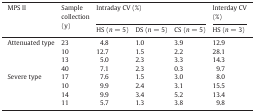
| MPS II | Sample collection (y) | <COLSPAN=3> Intraday CV (%) | Interday CV (%) |
 | HS (n = 5) | DS (n = 5) | CS (n = 5) | HS (n = 3) |
 | --- | --- | --- | --- | --- | --- |
 | Attenuated type | 23 | 4.8 | 1.0 | 3.9 | 12.9 |
 |  | 10 | 12.7 | 1.5 | 2.2 | 28.1 |
 |  | 13 | 5.0 | 2.3 | 3.3 | 14.3 |
 |  | 40 | 7.1 | 2.3 | 0.3 | 9.7 |
 | Severe type | 17 | 7.6 | 1.5 | 3.0 | 8.0 |
 |  | 10 | 9.9 | 2.4 | 3.1 | 15.5 |
 |  | 14 | 9.9 | 3.4 | 5.2 | 13.4 |
 |  | 11 | 5.7 | 1.3 | 3.8 | 9.8 |